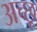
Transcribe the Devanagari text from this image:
अच्छू